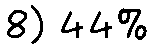
8) 44%